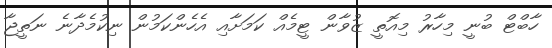
ހާބްޓް ބުނީ މިހާރު މިއޮތީ ޒުވާން ޓީމެއް ކަމަށާއި އެހެންކަމުން ނިކުމެދާނެ ނަތީޖާ